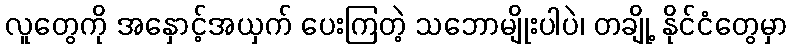
လူတွေကို အနှောင့်အယှက် ပေးကြတဲ့ သဘောမျိုးပါပဲ၊ တချို့ နိုင်ငံတွေမှာ